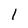
Character: 1